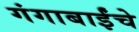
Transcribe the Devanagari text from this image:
गंगाबाईंचे